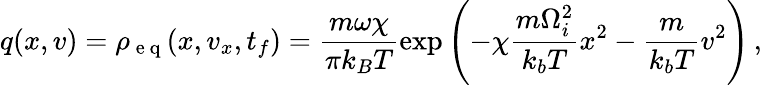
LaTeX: q(x,v)=\rho_{\mathrm{~e~q~}}(x,v_{x},t_{f})=\frac{m\omega\chi}{\pi k_{B}T}\exp{\left(-\chi\frac{m\Omega_{i}^{2}}{k_{b}T}x^{2}-\frac{m}{k_{b}T}v^{2}\right)}\, ,